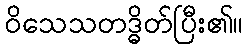
ဝိသေသတဒ္ဓိတ်ပြီး၏။